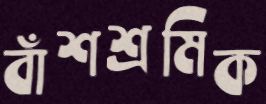
বাঁশশ্রমিক